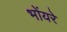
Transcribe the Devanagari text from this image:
भोंयरे